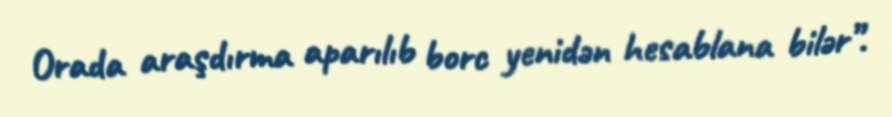
Orada araşdırma aparılıb borc yenidən hesablana bilər”.